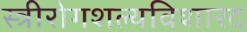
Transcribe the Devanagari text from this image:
स्त्रीरोगशल्यविशारद